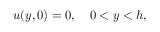
u ( y , 0 ) = 0 , \quad 0 < y < h ,